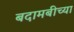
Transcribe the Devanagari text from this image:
बदामबीच्या